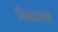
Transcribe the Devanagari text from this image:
किलोप्रमाणे